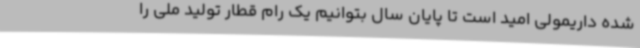
شده داریمولی امید است تا پایان سال بتوانیم یک رام قطار تولید ملی را